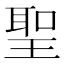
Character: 聖